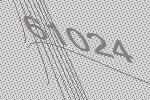
61024